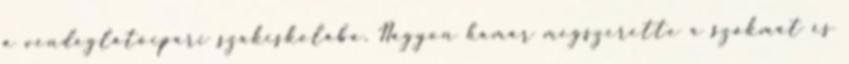
a vendéglátóipari szakiskolába. Nagyon hamar megszerette a szakmát és